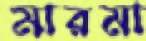
মারমা